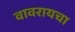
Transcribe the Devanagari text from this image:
वावरायचा